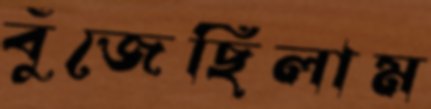
বুঁজেছিলাম